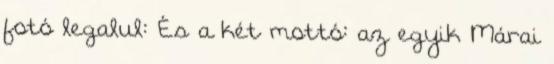
fotó legalul: És a két mottó: az egyik Márai